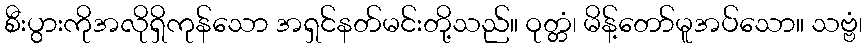
စီးပွားကိုအလိုရှိကုန်သော အရှင်နတ်မင်းတို့သည်။ ဝုတ္တံ၊ မိန့်တော်မူအပ်သော။ သဗ္ဗံ၊